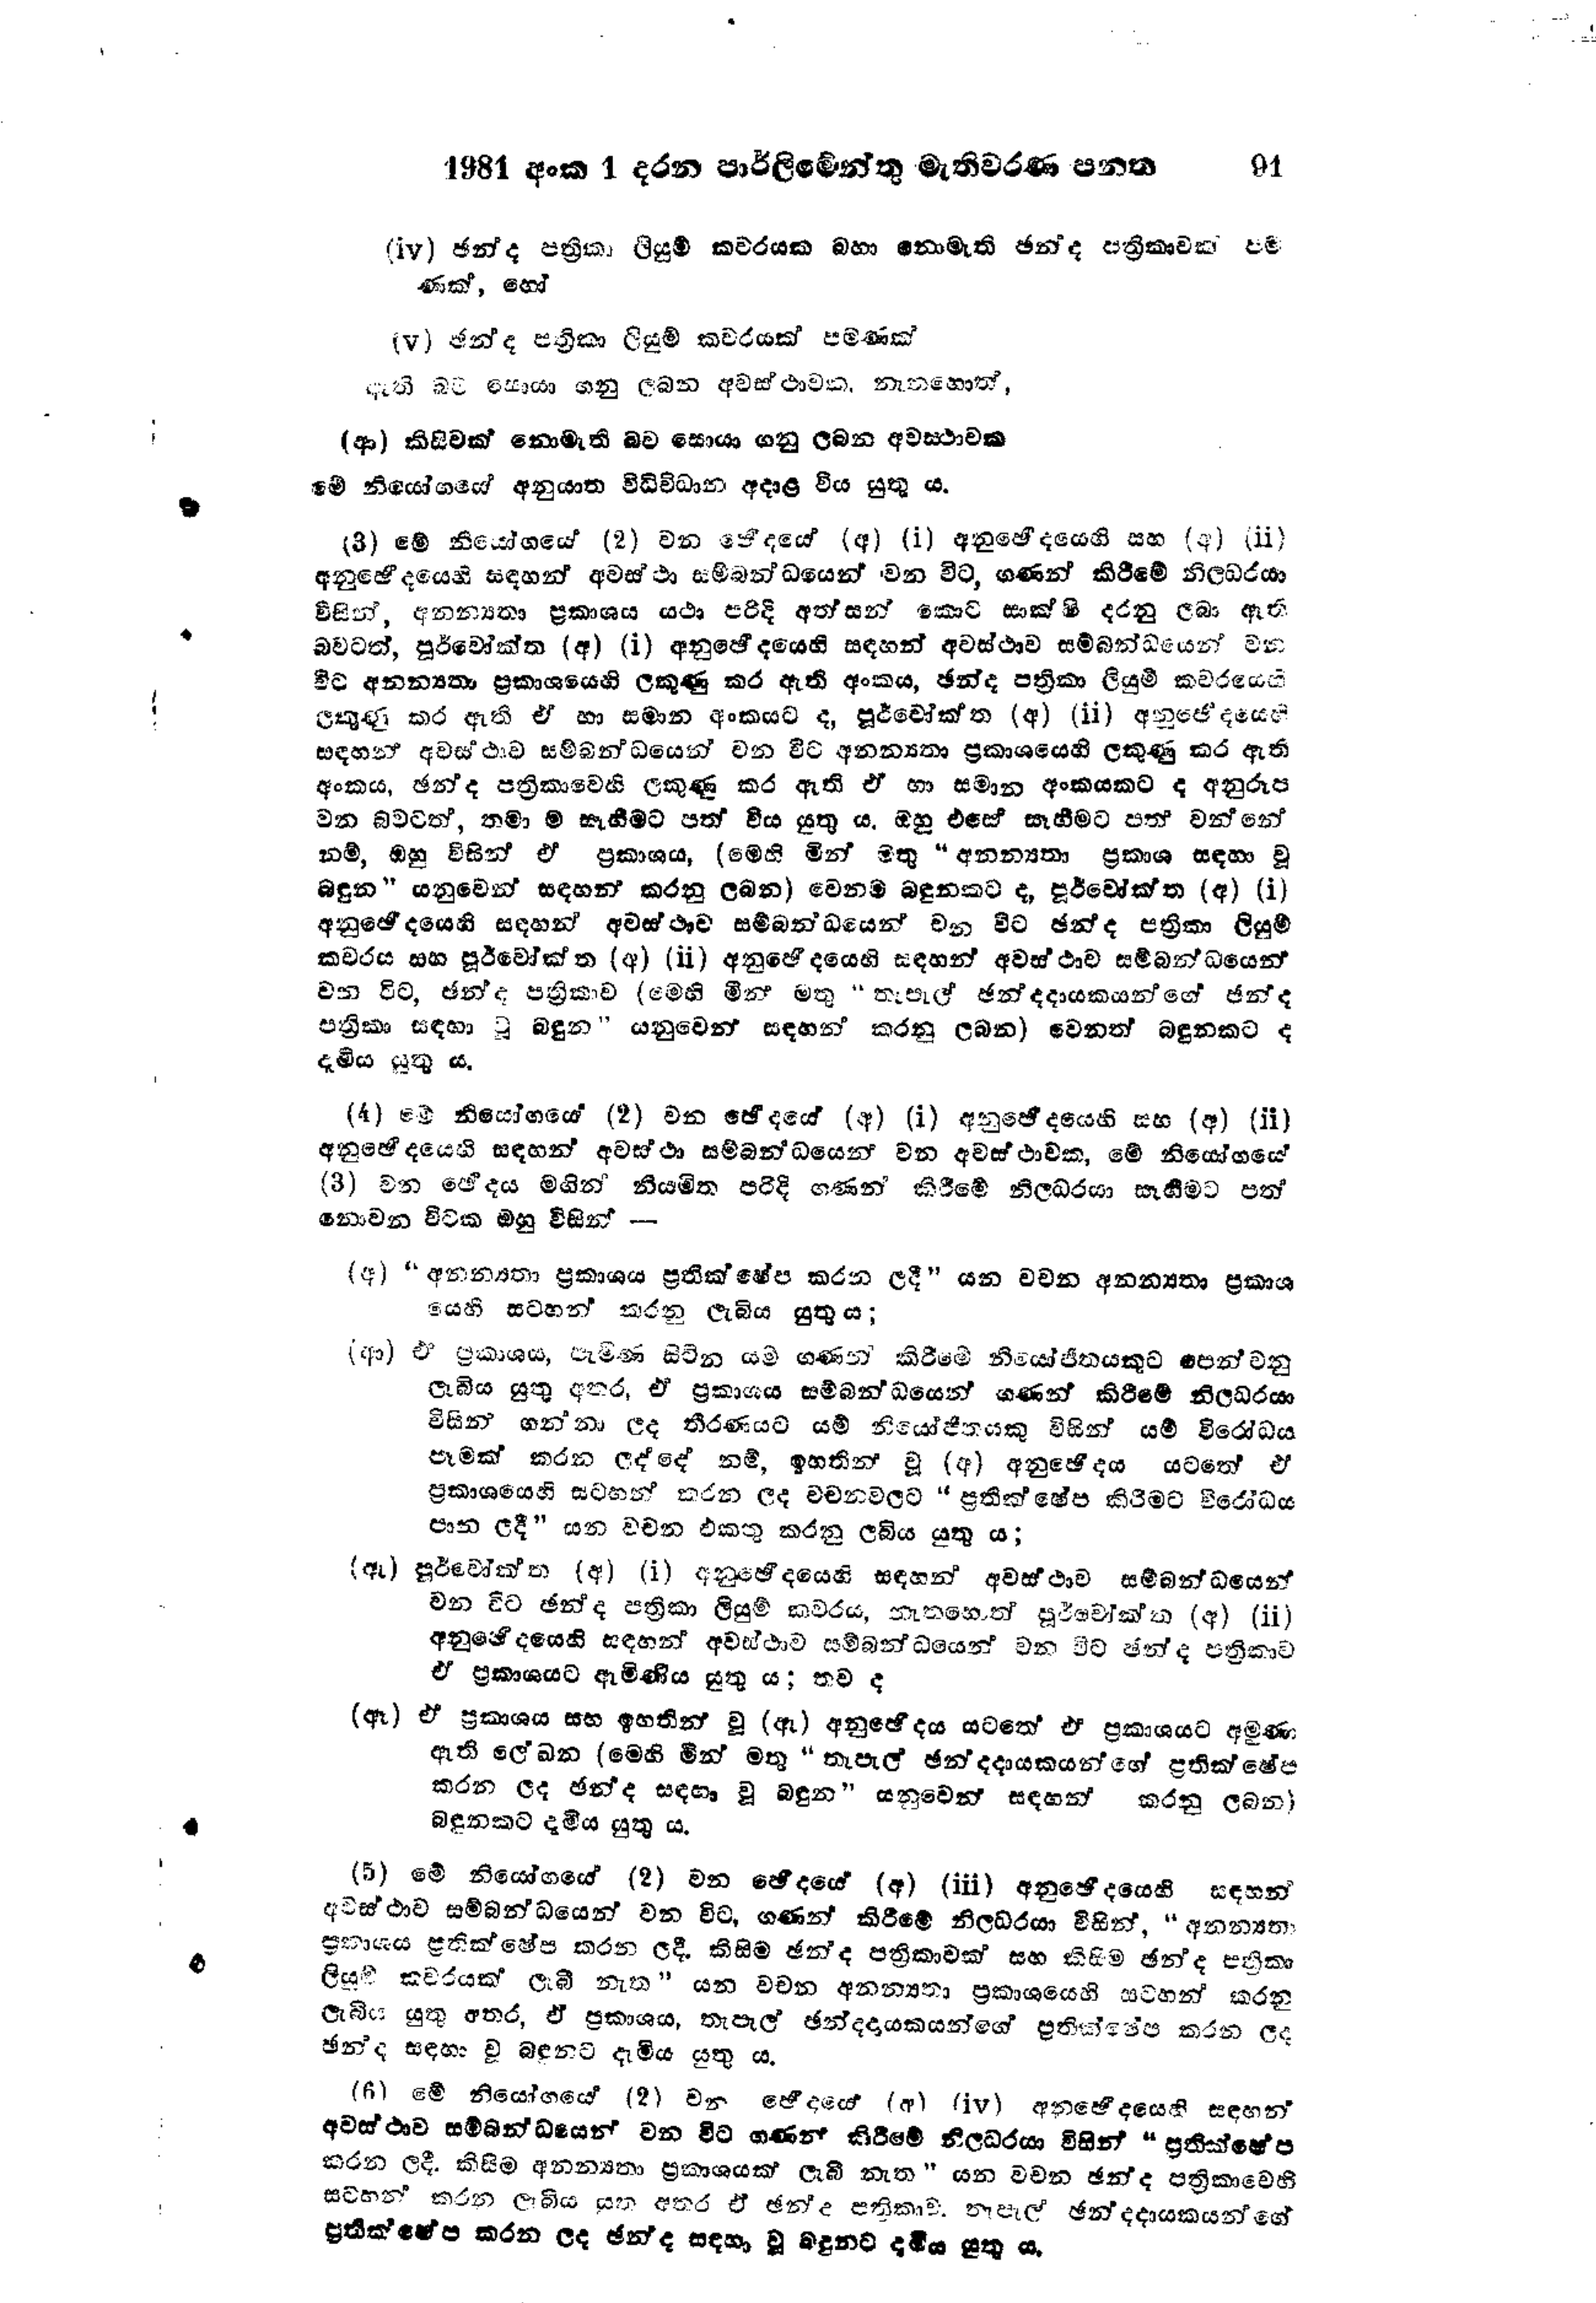
1981 අංක 1 දරන පාර්ලිමේන්තු මැතිවරණ පනත			91

(iv) ඡන්ද පත්‍රිකා ලියුම් කවරයක බහා නොමැති ඡන්ද පත්‍රිකාවක පම
ණක්, හෝ

(v) ඡන්ද පත්‍රිකා ලියුම් කවරයක් පමණක්
ඇති බව සොයා ගනු ලබන අවස්ථාවක, නැතහොත්,

(ආ) කිසිවක් නොමැති බව සොයා ගනු ලබන අවස්ථාවක
මේ නියෝගයේ අනුයාත විධිවිධාන අදාළ විය යුතු ය.

(3) මේ නියෝගයේ (2) වන ඡේදයේ (අ) (i) අනුඡේදයෙහි සහ (අ) (i)
අනුඡේදයෙහි සඳහන් අවස්ථා සම්බන්ධයෙන් වන විට, ගණන් කිරීමේ නිලධරයා
විසින්, අනන්‍යතා ප්‍රකාශය යථා පරිදි අත්සන් කොට සාක්ෂි දරනු ලබා ඇති
බවටත්, පූර්වෝක්ත (අ) (i) අනුඡේදයෙහි සඳහන් අවස්ථාව සම්බන්ධයෙන් වන
විට අනන්‍යතා ප්‍රකාශයෙහි ලකුණු කර ඇති අංකය, ඡන්ද පත්‍රිකා ලියුම් කවරයෙහි
ලකුණු කර ඇති ඒ හා සමාන අංකයට ද, පූර්වෝක්ත (අ) (ii) අනූභේදයෙහි
සඳහන් අවස්ථාව සම්බන්ධයෙන් වන විට අනන්‍යතා ප්‍රකාශයෙහි ලකුණු කර ඇති
අංකය, ඡන්ද පත්‍රිකාවෙහි ලකුණු කර ඇති ඒ හා සමාන අංකයකට ද අනුරූප
වන බවටත්, තමා ම සැහීමට පත් විය යුතු ය. ඔහු එසේ සෑහීමට පත් වන්නේ
නම්, ඔහු විසින් ඒ ප්‍රකාශය, (මෙහි මින් මතු "අනන්‍යතා ප්‍රකාශ සඳහා වූ
බඳුන " යනුවෙන් සඳහන් කරනු ලබන) වෙනම බඳුනකට ද, පූර්වෝක්ත (අ) (i)
අනුඡේදයෙහි සඳහන් අවස්ථාව සම්බන්ධයෙන් වන විට ඡන්ද පත්‍රිකා ලියුම්
කවරය සහ පූර්වෝක්ත (අ) (ii) අනුඡේදයෙහි සඳහන් අවස්ථාව සම්බන්ධයෙන්
වන විට, ඡන්ද පත්‍රිකාව (මෙහි මින් මතු "තැපැල් ඡන්දදායකයන්ගේ ඡන්ද
පත්‍රිකා සඳහා වූ බඳුන" යනුවෙන් සඳහන් කරනු ලබන) වෙනත් බඳුනකට ද
දැමිය යුතු ය.

(4) මේ නියෝගයේ (2) වන ඡේදයේ (අ) (i) අනුඡේදයෙහි සහ (අ) (ii)
අනුඡේදයෙහි සඳහන් අවස්ථා සම්බන්ධයෙන් වන අවස්ථාවක, මේ නියෝගයේ
(3) වන ඡේදය මගින් නියමිත පරිදි ගණන කිරීමේ නිලධරයා සෑහීමට පත්
නොවන විටක ඔහු විසින්-

(අ)"අනන්‍යතා ප්‍රකාශය ප්‍රතික්ෂේප කරන ලදී " යන වචන අනන්‍යතා ප්‍රකාශ
යෙහි සටහන් කරනු ලැබිය යුතු ය;

(ආ) ඒ ප්‍රකාශය, පැමිණ සිටින යම් ගණන් කිරීමේ නියෝජිතයකුට පෙන්වනු
ලැබිය යුතු අතර, ප්‍රකාශය සම්බන්ධයෙන් ගණන් කිරීමේ නිලධරයා
විසින් ගන්නා ලද තීරණයට යම් නියෝජිතයකු විසින් යම් විරෝධය
පෑමක් කරන ලද්දේ නම්, ඉහතින් වූ (අ) අනුඡේදය යටතේ ඒ
ප්‍රකාශයෙහි සටහන් කරන ලද වචන වලට "ප්‍රතික්ෂේප  කිරීමට විරෝධය
පාන ලදී " යන වචන එකතු කරනු ලැබිය යුතු ය;

(ඇ) පූර්වෝක්ත (අ) (i) අනුඡේදයෙහි සඳහන් අවස්ථාව සම්බන්ධයෙන්
වන විට ඡන්ද පත්‍රිකා ලියුම් කවරය, නැතහොත් පූර්වෝක්ත (අ) (ii)
අනුඡේදයෙහි සඳහන් අවස්ථාව සම්බන්ධයෙන් වන විට ඡන්ද පත්‍රිකාව
ඒ ප්‍රකාශයට ඇමිණිය යුතු ය; තව ද

(ඈ) ඒ ප්‍රකාශය සහ ඉහතින් වූ (ඇ) අනුඡේදය යටතේ ඒ ප්‍රකාශයට අමුණා
ඇති ලේඛන (මෙහි මින් මතු "තැපැල් ඡන්දදායකයන්ගේ ප්‍රතික්ෂේප
කරන ලද ඡන්ද සඳහා වූ බඳුන " යනුවෙන් සඳහන් කරනු ලබන )
බඳුනකට දැමිය යුතු ය.

(5) මේ නියෝගයේ (2) වන ඡේදයේ (අ) (iii) අනුඡේදයෙහි සඳහන්
අවස්ථාව සම්බන්ධයෙන් වන විට, ගණන් කිරීමේ නිලධරයා විසින්, "අනන්‍යතා
ප්‍රකාශය ප්‍රතික්ෂේප කරන ලදී. කිසිම ඡන්ද පත්‍රිකාවක් සහ කිසිම ඡන්ද පත්‍රිකා
ලියුම් කවරයක් ලැබී නැත" යන වචන අනන්‍යතා ප්‍රකාශයෙහි සටහන් කරනු
ලැබිය යුතු අතර, ඒ ප්‍රකාශය, තැපැල් ඡන්දදායකයන්ගේ ප්‍රතික්ෂේප කරන ලද
ඡන්ද සඳහා වූ බඳුනට දැමිය යුතු ය.

(6) මේ නියෝගයේ (2) වන ඡේදයේ (අ) (iv) අනුඡේදයෙහි සඳහන්
අවස්ථාව සම්බන්ධයෙන් වන විට ගණන් කිරීමේ නිලධරයා විසින් "ප්‍රතික්ෂේප
කරන ලදී. කිසිම අනන්‍යතා ප්‍රකාශයක් ලැබී නැත" යන වචන ඡන්ද පත්‍රිකාවෙහි
සටහන් කරන ලැබිය යුතු අතර ඒ ඡන්ද පත්‍රිකාව තැපැල් ඡන්දදායකයන්ගේ
ප්‍රතික්ෂේප කරන ලද ඡන්ද සඳහා වූ බඳුනට දැමිය යුතු ය.